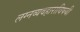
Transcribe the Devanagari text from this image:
लग्नव्यवहाराविषयी